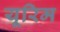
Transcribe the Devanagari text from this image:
यूरिम